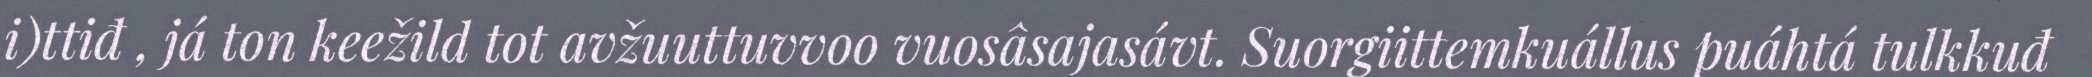
i)ttiđ , já ton keežild tot avžuuttuvvoo vuosâsajasávt. Suorgiittemkuállus puáhtá tulkkuđ